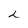
Character: 2